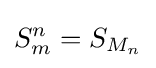
S_{m}^{n}=S_{M_{n}}